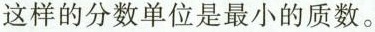
这样的分数单位是最小的质数。